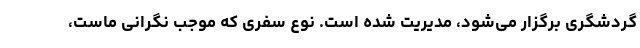
گردشگری برگزار می‌شود، مدیریت شده است. نوع سفری که موجب نگرانی ماست،